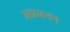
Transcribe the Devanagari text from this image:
अप्रजनन